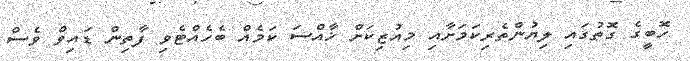
ހޮބީގެ ގޮތުގައި ލިޔުންތެރިކަމަށާއި މިއުޒިކަށް ޚާއްސަ ކަމެއް ބެހެއްޓެވި ފާތިން ޑައިވް ވެސް